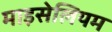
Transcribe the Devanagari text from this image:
माइसेलियम